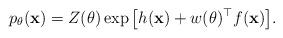
LaTeX: \begin{align*}p_\theta({\bf{x}}) &= Z(\theta) \exp \big[h({\bf{x}}) +w(\theta)^\top f({\bf{x}})\big].\end{align*}